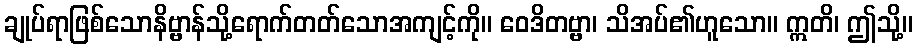
ချုပ်ရာဖြစ်သောနိဗ္ဗာန်သို့ရောက်တတ်သောအကျင့်ကို။ ဝေဒိတဗ္ဗာ၊ သိအပ်၏ဟူသော။ ဣတိ၊ ဤသို့။